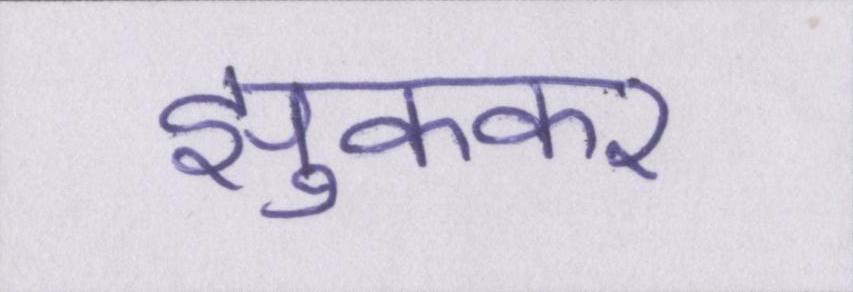
झुककर